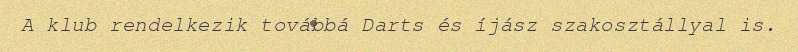
A klub rendelkezik továbbá Darts és íjász szakosztállyal is.